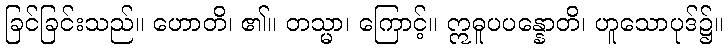
ခြင်ခြင်းသည်။ ဟောတိ၊ ၏။ တသ္မာ၊ ကြောင့်။ ဣဓူပပန္နောတိ၊ ဟူသောပုဒ်၌။